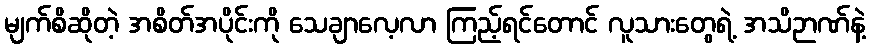
မျက်စိဆိုတဲ့ အစိတ်အပိုင်းကို သေချာလေ့လာ ကြည့်ရင်တောင် လူသားတွေရဲ့ အသိဉာဏ်နဲ့